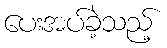
ပေးအပ်ခဲ့သည့်